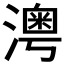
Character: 𤀀